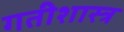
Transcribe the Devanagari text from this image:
गतीशास्त्र